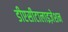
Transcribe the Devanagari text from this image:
डीएसीटालाइज़ेशन